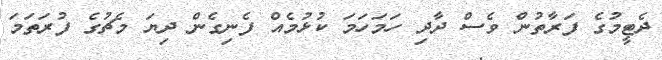
ދެޓީމުގެ ފަރާތުން ވެސް ދާދި ހަމަހަމަ ކުޅުމެއް ފެނިގެން ދިޔަ މެޗުގެ ފުރަތަމަ